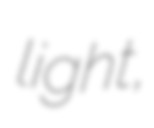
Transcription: light,